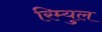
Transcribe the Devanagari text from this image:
रिम्युल